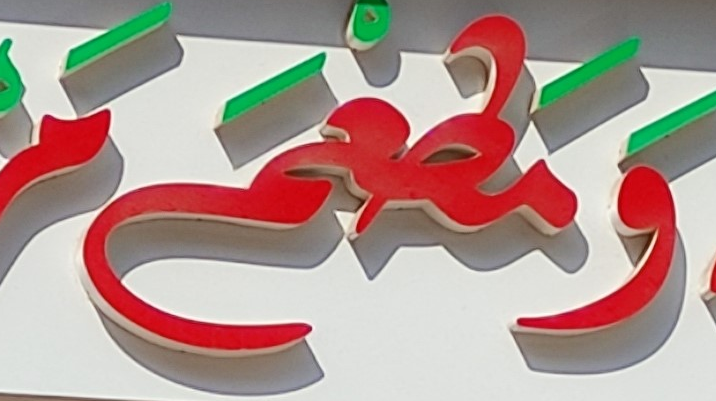
ومطعم